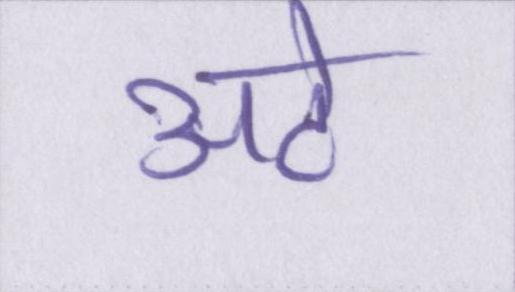
अटे